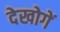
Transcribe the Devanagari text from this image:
देखोगें